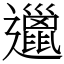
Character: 邋